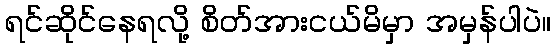
ရင်ဆိုင်နေရလို့ စိတ်အားငယ်မိမှာ အမှန်ပါပဲ။